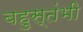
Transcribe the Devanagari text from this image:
बहुस्तंभी